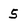
Character: 5